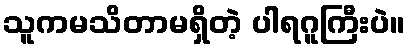
သူကမသိတာမရှိတဲ့ ပါရဂူကြီးပဲ။